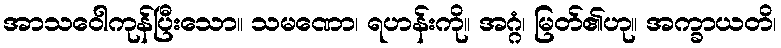
အာသဝေါကုန်ပြီးသော။ သမဏော၊ ရဟန်းကို။ အဂ္ဂံ၊ မြတ်၏ဟု။ အက္ခာယတိ၊